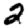
Digit: 2